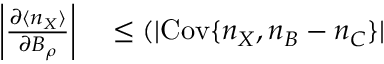
\begin{array} { r l } { \left| \frac { \partial \langle n _ { X } \rangle } { \partial B _ { \rho } } \right| } & { { } \leq ( | \mathrm { C o v } \{ n _ { X } , n _ { B } - n _ { C } \} | } \end{array}